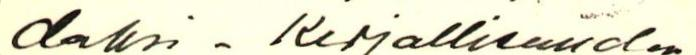
daksi- Kirjallisuuden